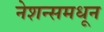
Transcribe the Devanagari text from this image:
नेशन्समधून